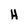
Character: H